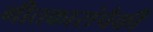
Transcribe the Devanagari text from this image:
गीतकारांपैकी